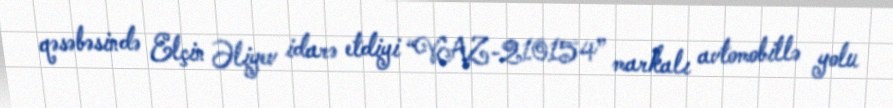
qəsəbəsində Elçin Əliyev idarə etdiyi “VAZ-210154” markalı avtomobillə yolu